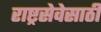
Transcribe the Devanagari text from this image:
राष्ट्रसेवेसाठी